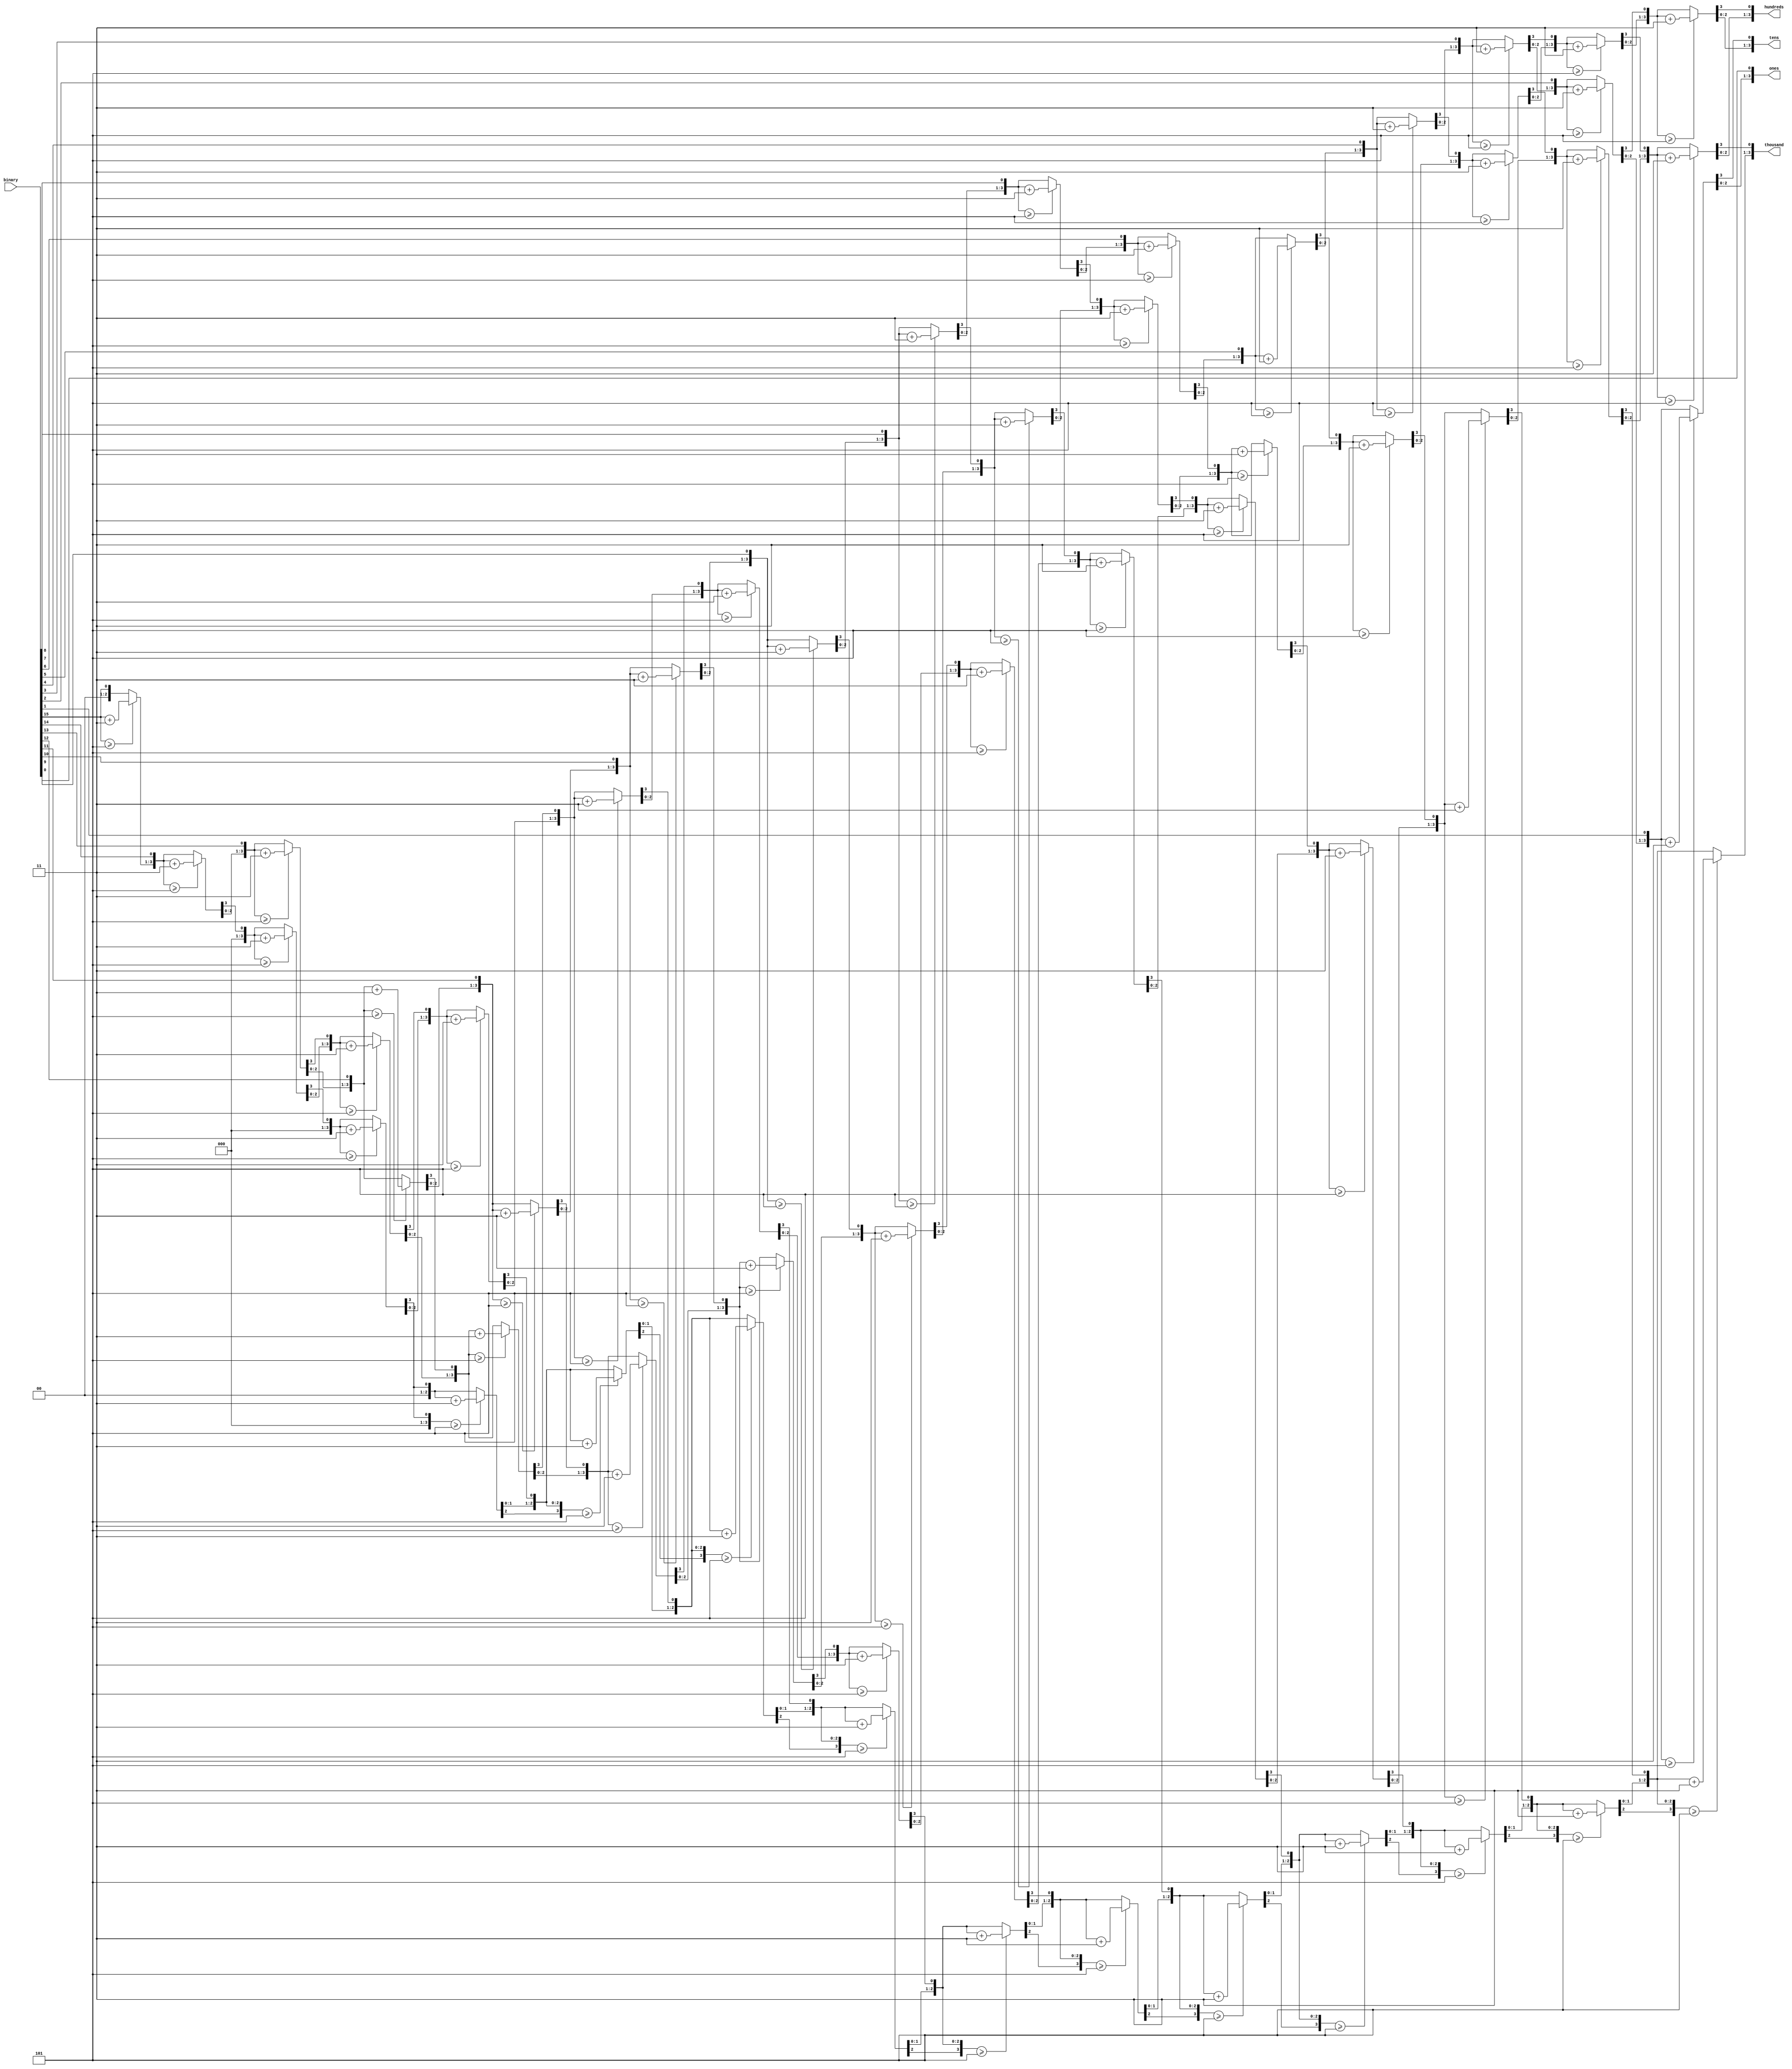
`timescale 1ns / 1ps
//////////////////////////////////////////////////////////////////////////////////
// Company: 
// Engineer: 
// 
// Design Name: 
// Module Name:    b_bcd 
// Project Name: 
// Target Devices: 
// Tool versions: 
// Description: 
//
// Dependencies: 
//
// Revision: 
// Revision 0.01 - File Created
// Additional Comments: 
//
//////////////////////////////////////////////////////////////////////////////////
module b_bcd(
             input      	[15:0] 		binary   ,
			 output reg 	[3:0]  		thousand ,
			 output reg 	[3:0]  		hundreds ,
			 output reg 	[3:0]  		tens     ,
			 output reg 	[3:0]  		ones
    );
integer i;
  always @(*)
   begin
     hundreds = 4'b0;
	 tens     = 4'b0;
	 ones     = 4'b0;
	 thousand = 4'b0;
	 for(i=15;i>=0;i=i-1)
	  begin
		if(thousand >= 5)
			thousand = thousand + 3;
	    if(hundreds >= 5)
			hundreds = hundreds + 3;
		if(tens >= 5)
			tens = tens + 3;
		if(ones >= 5)
			ones = ones + 3;
		//shift left one
		thousand = thousand << 1;
		thousand[0] = hundreds[3];
		hundreds = hundreds << 1;
		hundreds[0] = tens[3];
		tens = tens << 1;
		tens[0] = ones[3];
		ones = ones << 1;
		ones[0]	= binary[i];
	  end
   end

endmodule